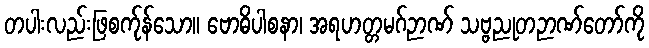
တပါးလည်းဖြစက်ုန်သော။ ဗောဓိပါစနာ၊ အရဟတ္တမဂ်ဉာဏ် သဗ္ဗညုတဉာဏ်တော်ကို